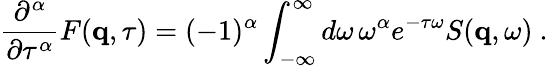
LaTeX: \frac{\partial^{\alpha}}{\partial\tau^{\alpha}}F(\mathbf{q},\tau)=(-1)^{\alpha}\int_{-\infty}^{\infty}d\omega\, \omega^{\alpha}e^{-\tau\omega}S(\mathbf{q},\omega)\ .